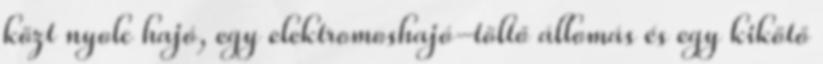
közt nyolc hajó, egy elektromoshajó-töltő állomás és egy kikötő